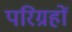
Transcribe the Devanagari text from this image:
परिग्रहों